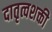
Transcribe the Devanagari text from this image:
दातृत्वशक्ती